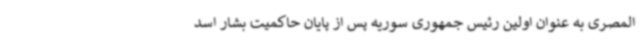
المصری به عنوان اولین رئیس جمهوری سوریه پس از پایان حاکمیت بشار اسد